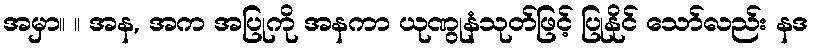
အမှာ။ ။ အန, အက အပြုကို အနကာ ယုဏွုနံသုတ်ဖြင့် ပြုနိုင် သော်လည်း နဒ